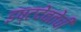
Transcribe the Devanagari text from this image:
इष्टदेवतेची